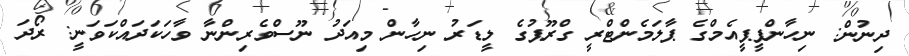
ދިނުން: ނިހާންޕީޕީއެމްގެ ޕާލަމެންޓްރީ ގްރޫޕުގެ ލީޑަރު ނިހާން މިއަދު ނޫސްވެރިންނާ ވާހަކަދައްކަވަނީ: ރޯދަ